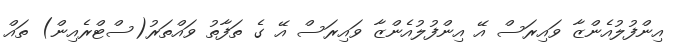
އިންފުލުއެންޒާ ވައިރަސް އޭ އިންފުލުއެންޒާ ވައިރަސް އޭ ގެ ތަފާތު ވައްތަރު(ސްޓްރެއިން) ތައް